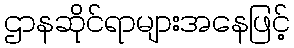
ဌာနဆိုင်ရာများအနေဖြင့်